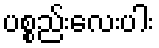
ပစ္စည်းလေးပါး